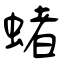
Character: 蝫